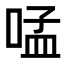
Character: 𠵼